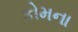
કોમના